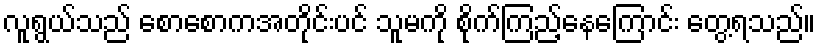
လူရွယ်သည် စောစောကအတိုင်းပင် သူမကို စိုက်ကြည့်နေကြောင်း တွေ့ရသည်။